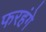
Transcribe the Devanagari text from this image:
फरहंगे